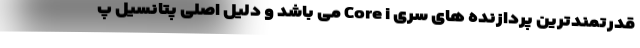
قدرتمندترین پردازنده های سری Core i می باشد و دلیل اصلی پتانسیل پ